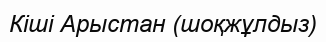
Кіші Арыстан (шоқжұлдыз)